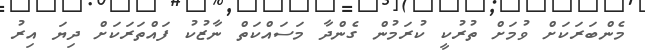
މެންބަރަކަށް ވުމަށް ތުރުކީ ކުރަމުން ގެންދާ މަސައްކަތް ނާޒުކު ފައްތަރަކަށް ދިޔަ އިރު